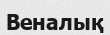
Веналық